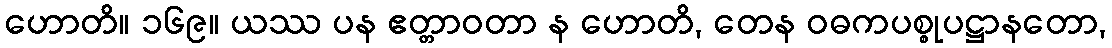
ဟောတိ။ ၁၆၉။ ယဿ ပန ဧတ္တာဝတာ န ဟောတိ, တေန ဝဓကပစ္စုပဋ္ဌာနတော,